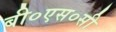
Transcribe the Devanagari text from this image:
बी०एस०सी